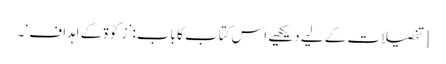
[تفصیلات کے لیے دیکھیے اس کتاب کا باب: ’زکوٰۃ کے اہداف‘ ۔